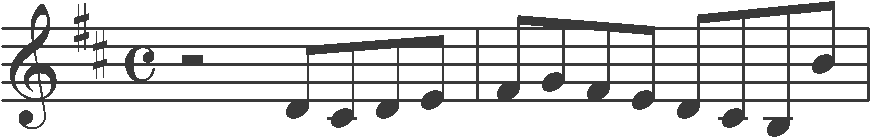
Transcription: clef-G2 keySignature-DM timeSignature-C rest-half note-D4_eighth note-C#4_eighth note-D4_eighth note-E4_eighth barline note-F#4_eighth note-G4_eighth note-F#4_eighth note-E4_eighth note-D4_eighth note-C#4_eighth note-B3_eighth note-B4_eighth barline